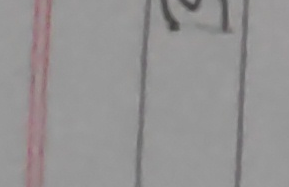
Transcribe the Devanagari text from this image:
ही